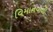
વિમાનવાળી